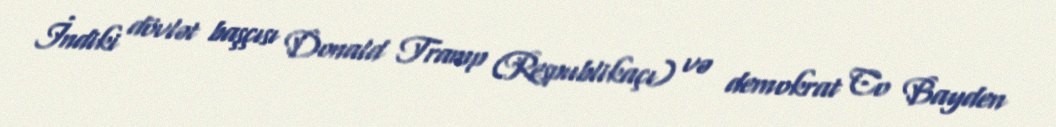
İndiki dövlət başçısı Donald Tramp (Respublikaçı) və demokrat Co Bayden